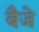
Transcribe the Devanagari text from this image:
बैजे